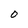
Character: O